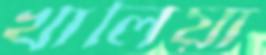
খালিয়া